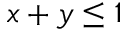
x + y \leq 1